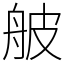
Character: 𦨭